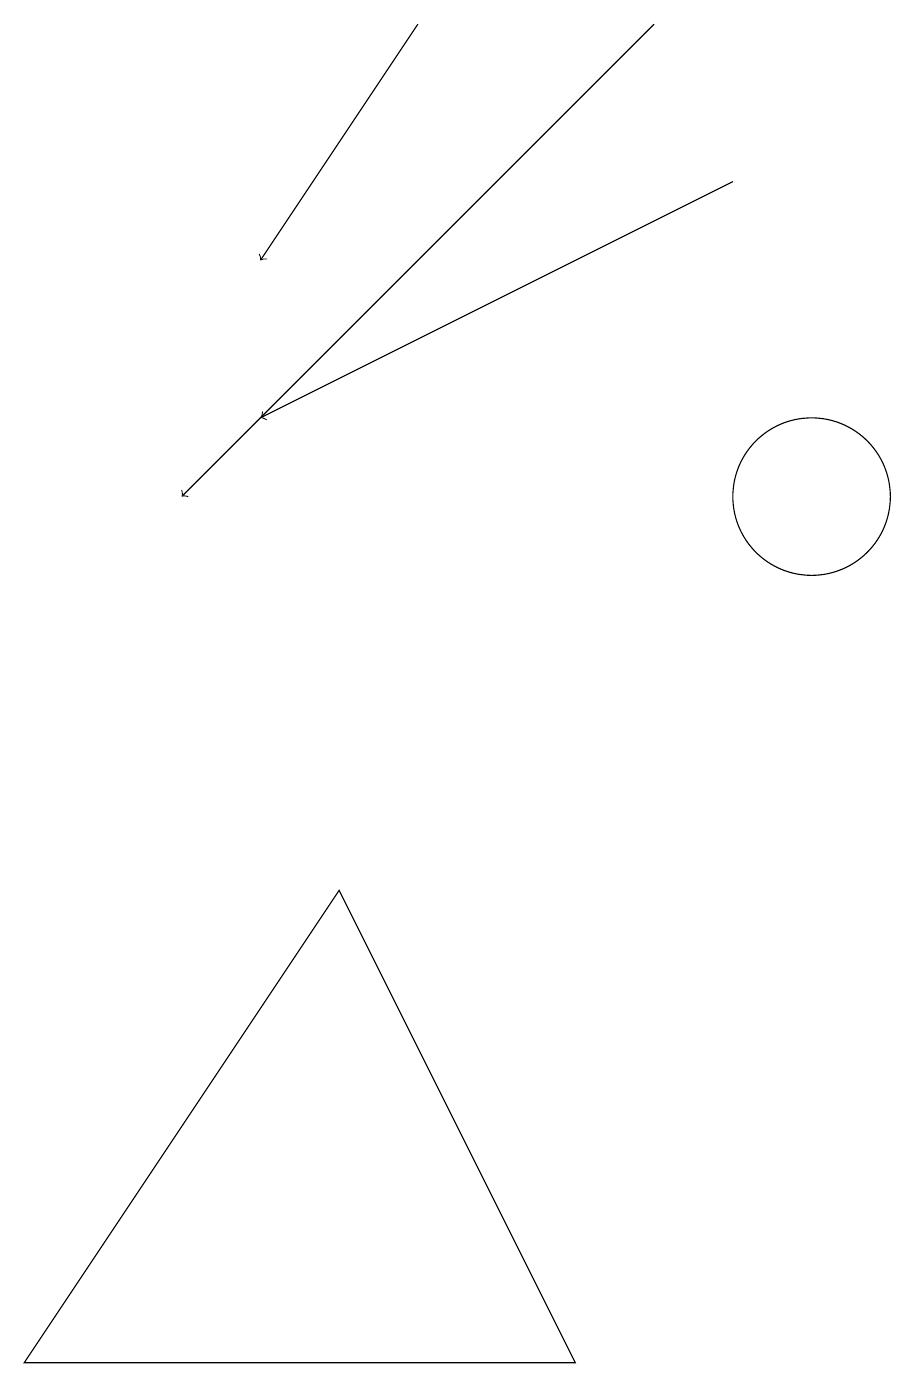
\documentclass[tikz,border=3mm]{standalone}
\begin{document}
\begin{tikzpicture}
\draw[->] (8,18) -- (2,12);
\draw[->] (9,16) -- (3,13);
\draw (10,12) circle (1);
\draw (7,1) -- (4,7) -- (0,1) -- cycle;
\draw[->] (5,18) -- (3,15);
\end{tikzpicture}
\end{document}